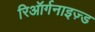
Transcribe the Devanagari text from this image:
रिऑर्गनाइज़्ड